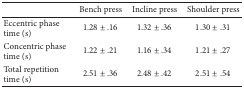
<table><thead><tr><td><b> </b></td><td><b>Bench press</b></td><td><b>Incline press</b></td><td><b>Shoulder press</b></td></tr></thead><tbody><tr><td>Eccentric phase time (s)</td><td>1.28 ± .16</td><td>1.32 ± .36</td><td>1.30 ± .31</td></tr><tr><td>Concentric phase time (s)</td><td>1.22 ± .21</td><td>1.16 ± .34</td><td>1.21 ± .27</td></tr><tr><td>Total repetition time (s)</td><td>2.51 ± .36</td><td>2.48 ± .42</td><td>2.51 ± .54</td></tr></tbody></table>